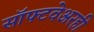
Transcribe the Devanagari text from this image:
सॉफ्टवेअरही